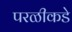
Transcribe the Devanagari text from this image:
परळीकडे